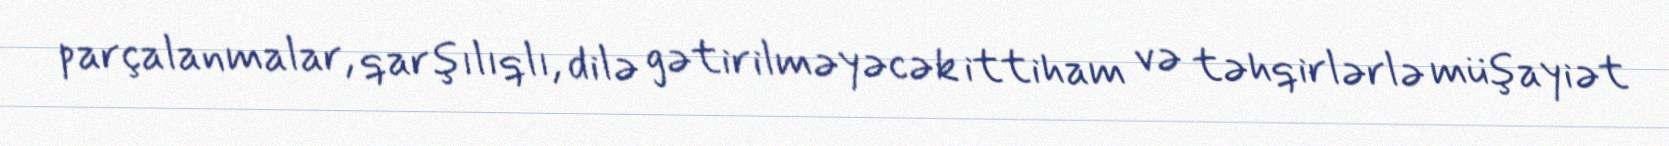
parçalanmalar, qarşılıqlı, dilə gətirilməyəcək ittiham və təhqirlərlə müşayiət